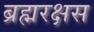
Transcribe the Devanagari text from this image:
ब्रह्मरक्षस